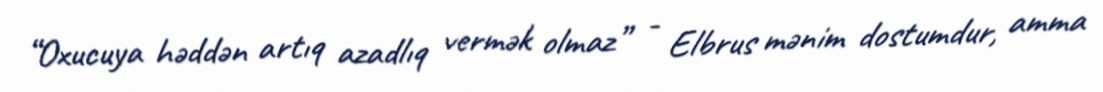
“Oxucuya həddən artıq azadlıq vermək olmaz” - Elbrus mənim dostumdur, amma